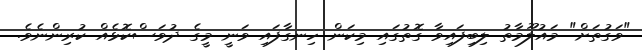
"ވަގުތަށް" މައުލޫމާތު ލިބިފައިވާ ގޮތުގައި މިކަން ހިނގާފައި ވަނީ މީގެ ދުވަސްކޮޅެއް ކުރިންނެވެ.